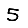
Digit: 5